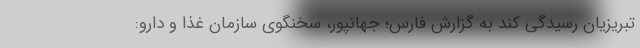
تبریزیان رسیدگی کند به گزارش فارس؛ جهانپور، سخنگوی سازمان غذا و دارو: